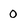
Character: 0